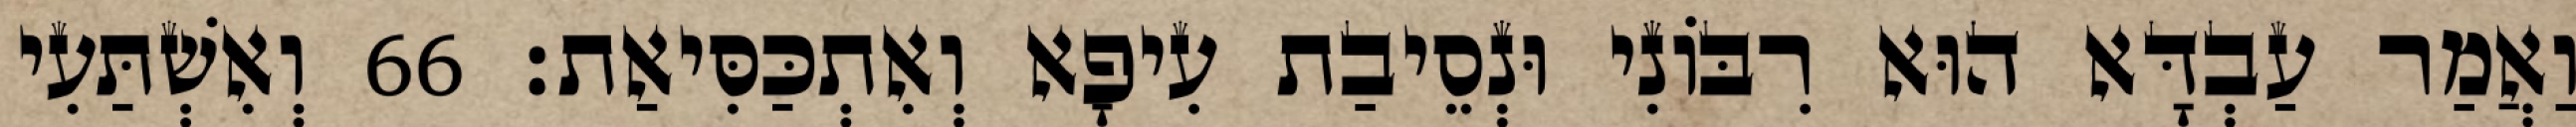
וַאֲמַר עַבְדָּא הוּא רִבּוֹנִי וּנְסֵיבַת עִיפָא וְאִתְכַּסִּיאַת׃ 66 וְאִשְׁתַּעִי